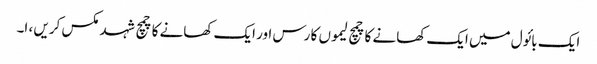
ایک بائول میں ایک کھانے کا چمچ لیموں کا رس اور ایک کھانے کا چمچ شہد مکس کریں ، ا۔